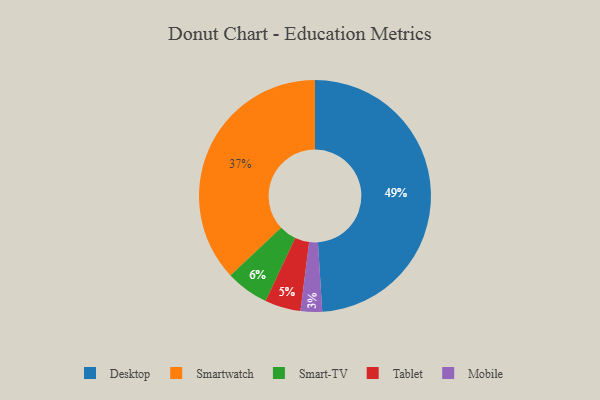
{"axis": {"x": "Category", "y": "Percentage"}, "legend": ["Desktop", "Mobile", "Smart-TV", "Smartwatch", "Tablet"], "data": [{"x": "Tablet", "y": 5, "type": "Tablet"}, {"x": "Smartwatch", "y": 37, "type": "Smartwatch"}, {"x": "Smart-TV", "y": 6, "type": "Smart-TV"}, {"x": "Desktop", "y": 49, "type": "Desktop"}, {"x": "Mobile", "y": 3, "type": "Mobile"}]}